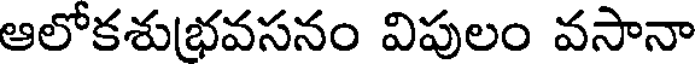
ఆలోకశుభవసనం విపులం వసానా